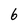
Character: 6